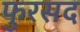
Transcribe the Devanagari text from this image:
फुरसद